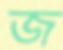
জ